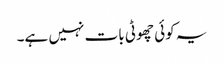
یہ کوئی چھوٹی بات نہیں ہے۔